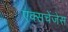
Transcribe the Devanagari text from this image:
एक्सचेंजेस